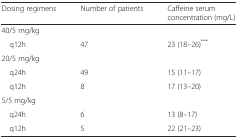
| Dosing regimens | Number of patients | Caffeine serum concentration (mg/L) |
 | --- | --- | --- |
 | <COLSPAN=3> 40/5 mg/kg |
 | q12h | 47 | 23 (18–26)*** |
 | <COLSPAN=3> 20/5 mg/kg |
 | q24h | 49 | 15 (11–17) |
 | q12h | 8 | 17 (13–20) |
 | <COLSPAN=3> 5/5 mg/kg |
 | q24h | 6 | 13 (8–17) |
 | q12h | 5 | 22 (21–23) |